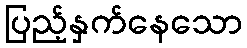
ပြည့်နှက်နေသော